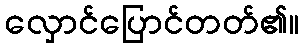
လှောင်ပြောင်တတ်၏။